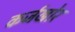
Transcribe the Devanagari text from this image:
कर्जखोर